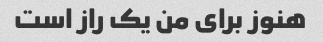
هنوز برای من یک راز است